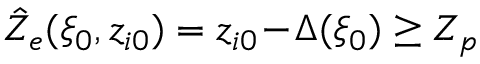
\hat { Z } _ { e } ( \xi _ { 0 } , z _ { i 0 } ) = z _ { i 0 } \! - \! \Delta ( \xi _ { 0 } ) \ge Z _ { p }